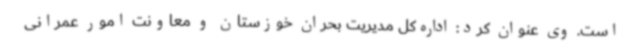
است. وی عنوان کرد: اداره‌کل مدیریت بحران خوزستان و معاونت امور عمرانی